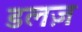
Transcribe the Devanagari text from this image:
डलज़